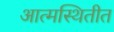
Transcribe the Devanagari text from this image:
आत्मस्थितीत